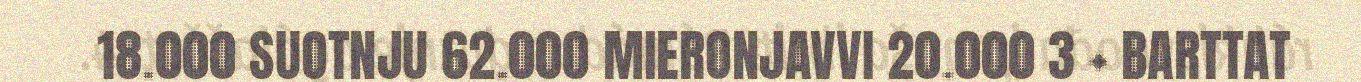
18.000 SUOTNJU 62.000 MIERONJAVVI 20.000 3 + BARTTAT